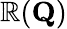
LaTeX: \mathbb{R}(\mathbf{{Q}})